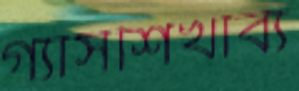
গ্যাসশিখাব্য